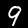
Digit: 9